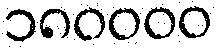
၁၈၀၀၀၀